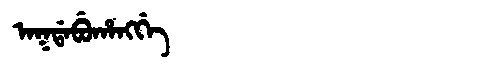
Manchu: ᠠᡴᡩᠠᠪᡠᡥᠠᠩᡤᡝ
Romanization: AKDABUHANGGE